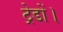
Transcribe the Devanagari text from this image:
ट्रेडों।